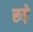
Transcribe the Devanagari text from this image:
रूड़े